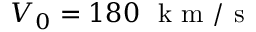
V _ { 0 } = 1 8 0 ~ \mathrm { ~ k ~ m ~ / ~ s ~ }